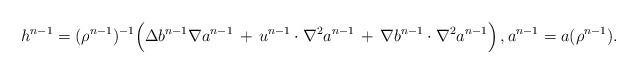
LaTeX: \begin{align*}h^{n-1} =(\rho^{n-1})^{-1}\Bigl( \Delta b^{n-1} \nabla a^{n-1} \,+\, u^{n-1}\cdot \nabla^2 a^{n-1} \, + \,\nabla b^{n-1}\cdot\nabla^2 a^{n-1} \Bigr)\,,a^{n-1}=a(\rho^{n-1}).\end{align*}